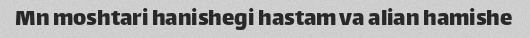
Mn moshtari hanishegi hastam va alian hamishe